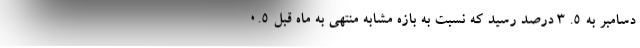
دسامبر به ۵. ۳ درصد رسید که نسبت به بازه مشابه منتهی به ماه قبل ۰.۵